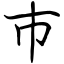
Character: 巿